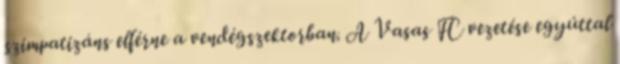
szimpatizáns elférne a vendégszektorban. A Vasas FC vezetése egyúttal